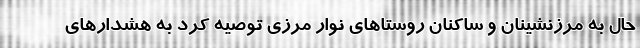
حال به مرزنشینان و ساکنان روستاهای نوار مرزی توصیه کرد به هشدارهای